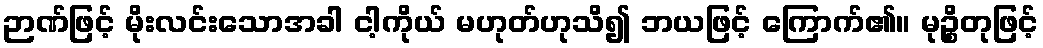
ဉာဏ်ဖြင့် မိုးလင်းသောအခါ ငါ့ကိုယ် မဟုတ်ဟုသိ၍ ဘယဖြင့် ကြောက်၏။ မုဉ္စိတုဖြင့်